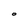
Character: 0